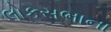
લોકસભાના